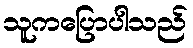
သူကပြောပါသည်